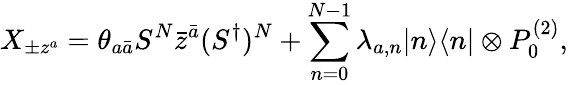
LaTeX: X_{\pm z^{a}}=\theta_{a\bar{a}}S^{N}\bar{z}^{\bar{a}}(S^{\dagger})^{N}+\sum_{n=0}^{N-1}\lambda_{a,n}|n\rangle\langle n|\otimes P_{0}^{(2)},